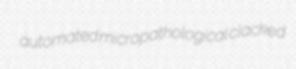
automated micropathological clacked